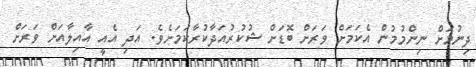
ދިނުމަށް ނިންމުމުން އެކަމަށް ވަރަށް ބޮޑަށް ޝުކުރުއަދާކުރާކަމަށެވެ. އަދި އެއީ އާއިލާއަށް ވަރަށް